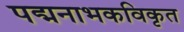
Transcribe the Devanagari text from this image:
पद्मनाभकविकृत